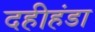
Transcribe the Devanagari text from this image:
दहीहंडा